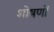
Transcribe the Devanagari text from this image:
शोषणों